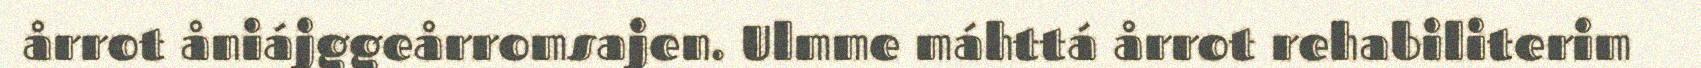
årrot åniájggeårromsajen. Ulmme máhttá årrot rehabiliterim